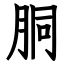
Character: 胴